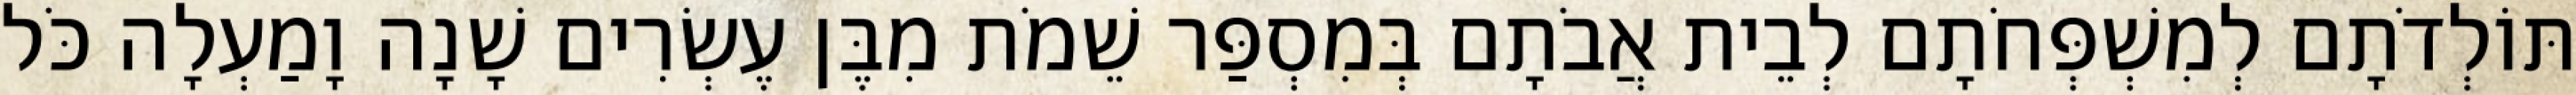
תּוֹלְדֹתָם לְמִשְׁפְּחֹתָם לְבֵית אֲבֹתָם בְּמִסְפַּר שֵׁמֹת מִבֶּן עֶשְׂרִים שָׁנָה וָמַעְלָה כֹּל